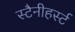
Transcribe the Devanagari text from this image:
स्टैनीहर्स्ट